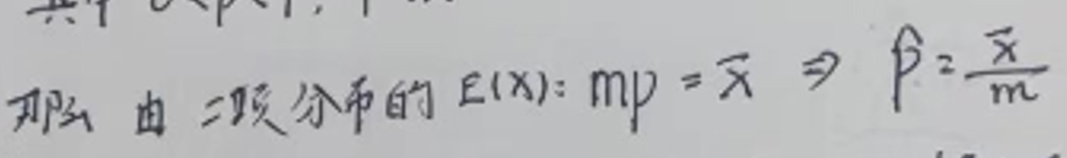
那么由二项分布的 $E(X): mp=\bar{x} \Rightarrow \hat{p}=\frac{\bar{x}}{m}$